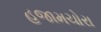
હજામચોરા